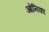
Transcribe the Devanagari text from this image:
ओनिका